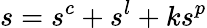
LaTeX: s=s^{c}+s^{l}+ks^{p}